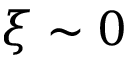
\xi \sim 0